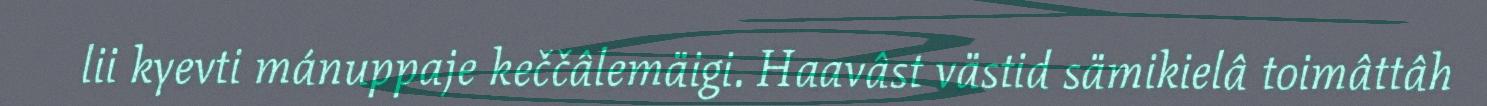
lii kyevti mánuppaje keččâlemäigi. Haavâst västid sämikielâ toimâttâh